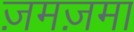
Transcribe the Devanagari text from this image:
ज़मज़मा